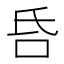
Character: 𠯑